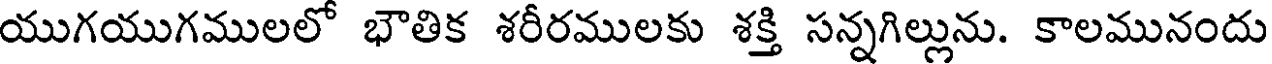
యుగయుగములలో భౌతిక శరీరములకు శక్తి సన్నగిల్లును. కాలమునందు